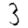
Digit: 3